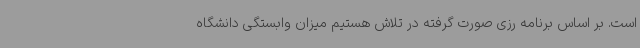
است. بر اساس برنامه رزی صورت گرفته در تلاش هستیم میزان وابستگی دانشگاه